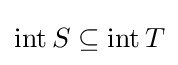
\operatorname {int} S\subseteq \operatorname {int} T